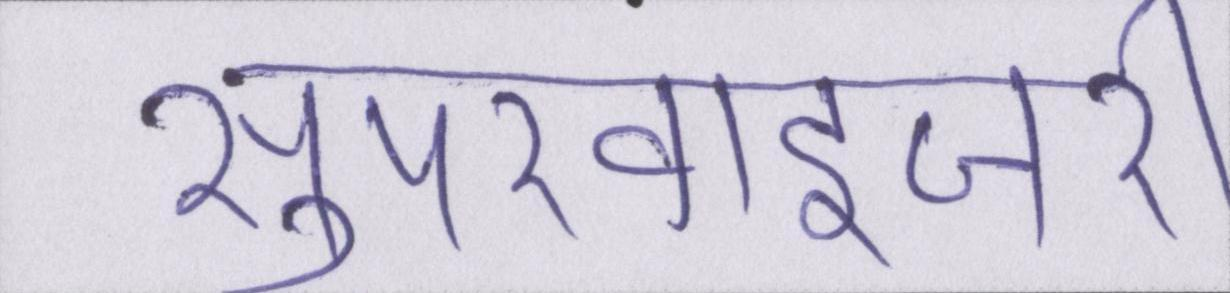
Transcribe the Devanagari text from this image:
सुपरवाइजरी